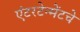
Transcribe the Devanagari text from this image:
एंटरटेन्मेंटचे